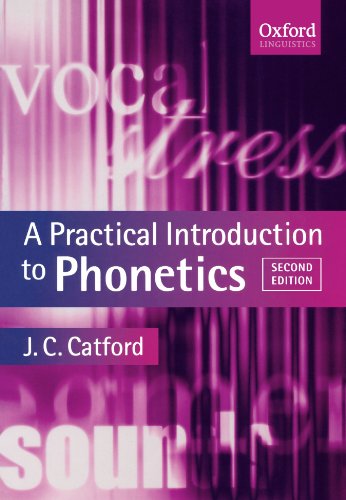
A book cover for A Practical Introduction to Phonetics (Oxford Textbooks in Linguistics); J. C. Catford; Reference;